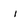
Character: i